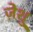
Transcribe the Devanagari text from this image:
ज़ेशु